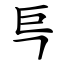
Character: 巪